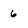
Character: 6